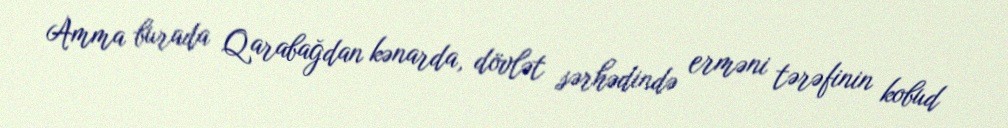
Amma burada Qarabağdan kənarda, dövlət sərhədində erməni tərəfinin kobud